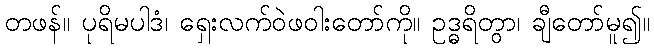
တဖန်။ ပုရိမပါဒံ၊ ရှေးလက်ဝဲဖဝါးတော်ကို။ ဥဒ္ဓရိတွာ၊ ချီတော်မူ၍။